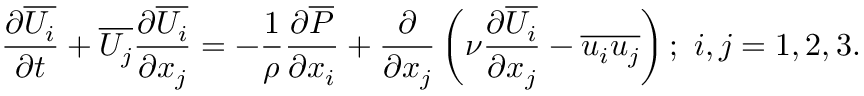
\frac { \partial \overline { { U _ { i } } } } { \partial t } + \overline { { U _ { j } } } \frac { \partial \overline { { U _ { i } } } } { \partial x _ { j } } = - \frac { 1 } { \rho } \frac { \partial \overline { { P } } } { \partial x _ { i } } + \frac { \partial } { \partial x _ { j } } \left( { \nu \frac { \partial \overline { { U _ { i } } } } { \partial x _ { j } } } - \overline { { u _ { i } u _ { j } } } \right) ; ~ i , j = { 1 , 2 , 3 } .